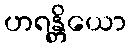
ဟရန္တိယော